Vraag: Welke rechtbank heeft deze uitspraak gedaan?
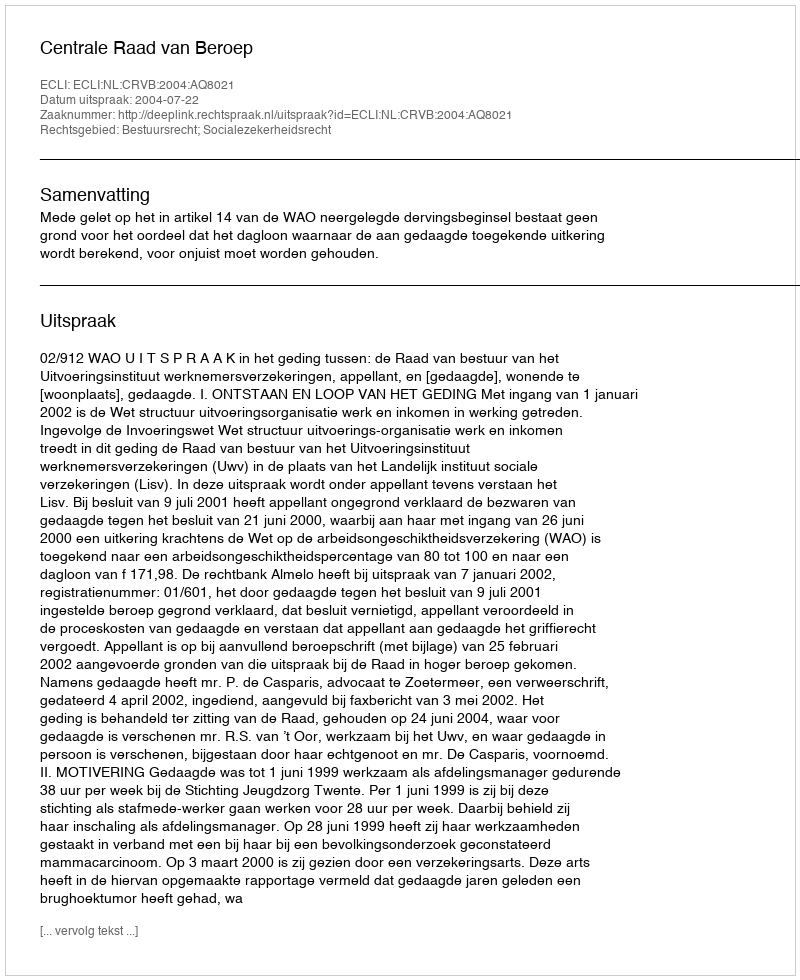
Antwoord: Centrale Raad van Beroep